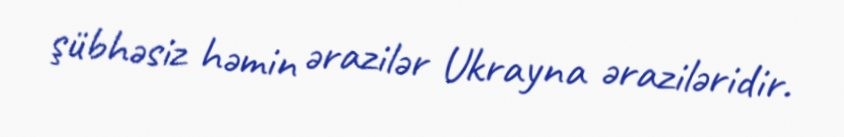
şübhəsiz həmin ərazilər Ukrayna əraziləridir.